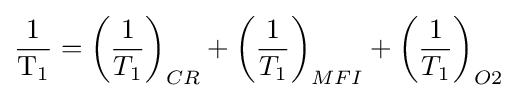
{\frac {1}{\mathrm {T} _{1}}}=\left({\frac {1}{T_{1}}}\right)_{CR}+\left({\frac {1}{T_{1}}}\right)_{MFI}+\left({\frac {1}{T_{1}}}\right)_{O2}